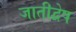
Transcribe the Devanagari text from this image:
जातीद्वेष